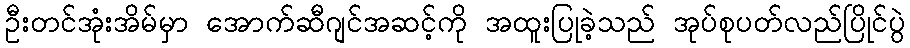
ဦးတင်အုံးအိမ်မှာ အောက်ဆီဂျင်အဆင့်ကို အထူးပြုခဲ့သည် အုပ်စုပတ်လည်ပြိုင်ပွဲ